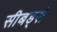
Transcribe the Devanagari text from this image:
सीबर्ड्स